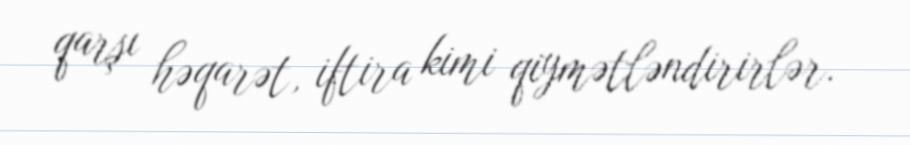
qarşı həqarət, iftira kimi qiymətləndirirlər.